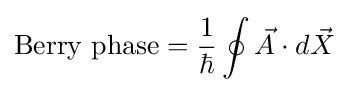
{\text{Berry phase}}={\frac {1}{\hbar }}\oint {\vec {A}}\cdot d{\vec {X}}